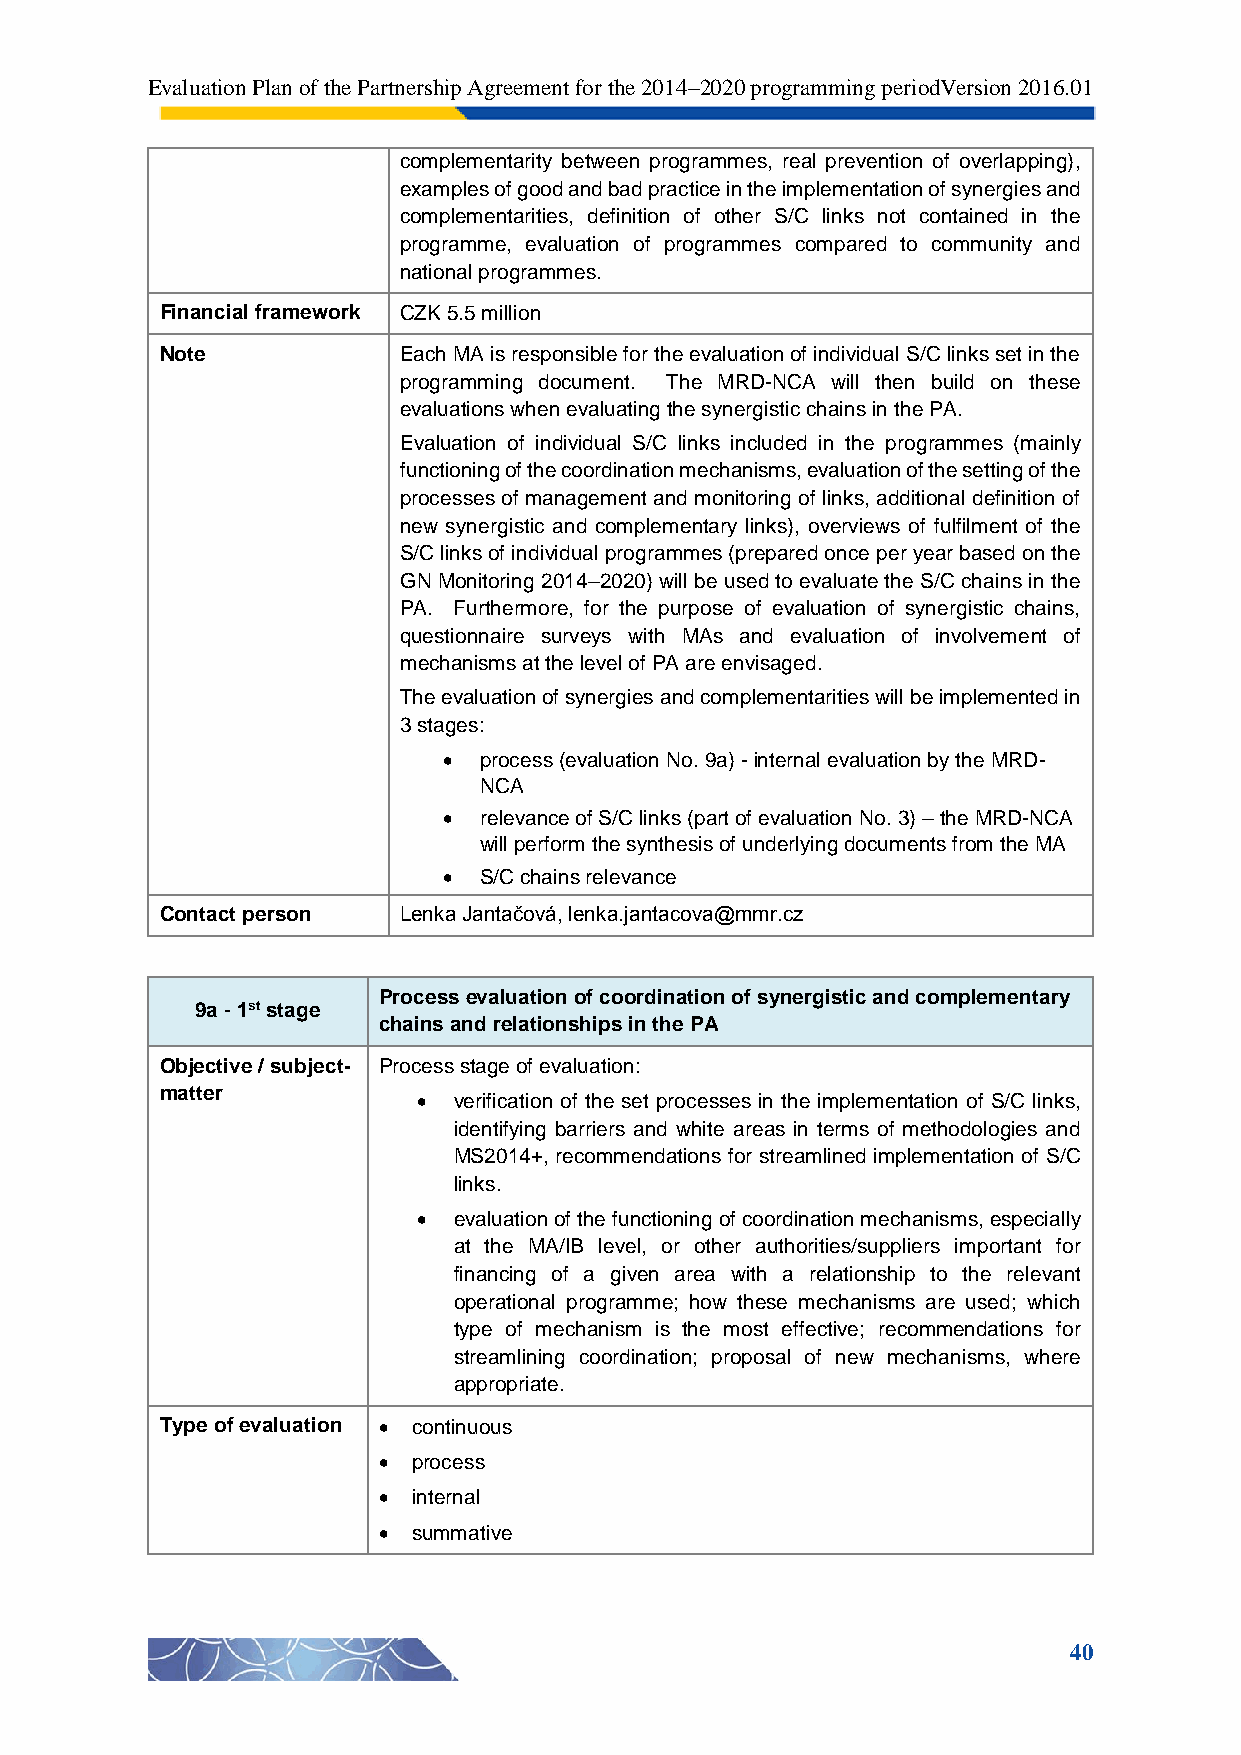
Evaluation Plan of the Partnership Agreement for the 2014–2020 programming periodVersion 2016.01
 complementarity between programmes, real prevention of overlapping),
 examples of good and bad practice in the implementation of synergies and
 complementarities, definition of other S/C links not contained in the
 programme, evaluation of programmes compared to community and
 national programmes.
 Financial framework CZK 5.5 million
 Note           Each MA is responsible for the evaluation of individual S/C links set in the
 programming document. The MRD-NCA will then build on these
 evaluations when evaluating the synergistic chains in the PA.
 Evaluation of individual S/C links included in the programmes (mainly
 functioning of the coordination mechanisms, evaluation of the setting of the
 processes of management and monitoring of links, additional definition of
 new synergistic and complementary links), overviews of fulfilment of the
 S/C links of individual programmes (prepared once per year based on the
 GN Monitoring 2014–2020) will be used to evaluate the S/C chains in the
 PA. Furthermore, for the purpose of evaluation of synergistic chains,
 questionnaire surveys with MAs and evaluation of involvement of
 mechanisms at the level of PA are envisaged.
 The evaluation of synergies and complementarities will be implemented in
 3 stages:
   process (evaluation No. 9a) - internal evaluation by the MRD-
 NCA
   relevance of S/C links (part of evaluation No. 3) – the MRD-NCA
 will perform the synthesis of underlying documents from the MA
   S/C chains relevance
 Contact person Lenka Jantačová, lenka.jantacova@mmr.cz
 Process evaluation of coordination of synergistic and complementary
 9a - 1st stage
 chains and relationships in the PA
 Objective / subject- Process stage of evaluation:
 matter
  verification of the set processes in the implementation of S/C links,
 identifying barriers and white areas in terms of methodologies and
 MS2014+, recommendations for streamlined implementation of S/C
 links.
  evaluation of the functioning of coordination mechanisms, especially
 at the MA/IB level, or other authorities/suppliers important for
 financing of a given area with a relationship to the relevant
 operational programme; how these mechanisms are used; which
 type of mechanism is the most effective; recommendations for
 streamlining coordination; proposal of new mechanisms, where
 appropriate.
 Type of evaluation  continuous
  process
  internal
  summative
 40